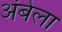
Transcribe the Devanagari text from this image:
अंबेला